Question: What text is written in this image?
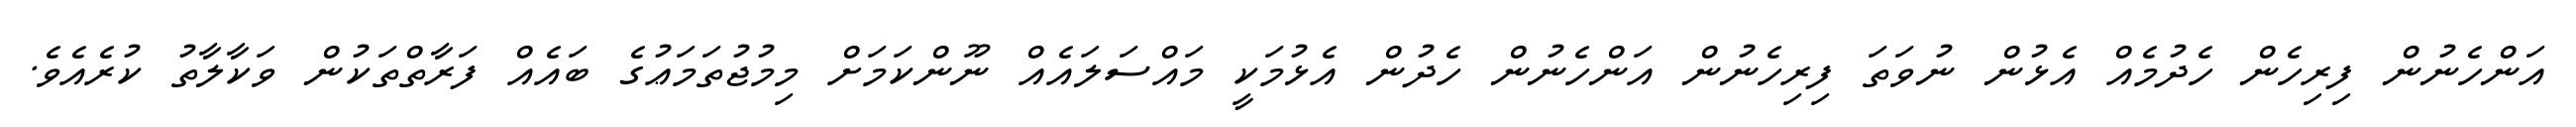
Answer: އަންހެނުން ފިރިހެން ހެދުމެއް އެޅުން ނުވަތަ ފިރިހެނުން އަންހެނުން ހެދުން އެޅުމަކީ މައްސަލައެއް ނޫންކަމަށް މިމުޖުތަމަޢުގެ ބައެއް ފަރާތްތަކުން ވަކާލާތު ކުރެއެވެ.